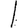
Digit: 1